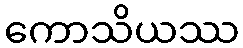
ကောသိယဿ